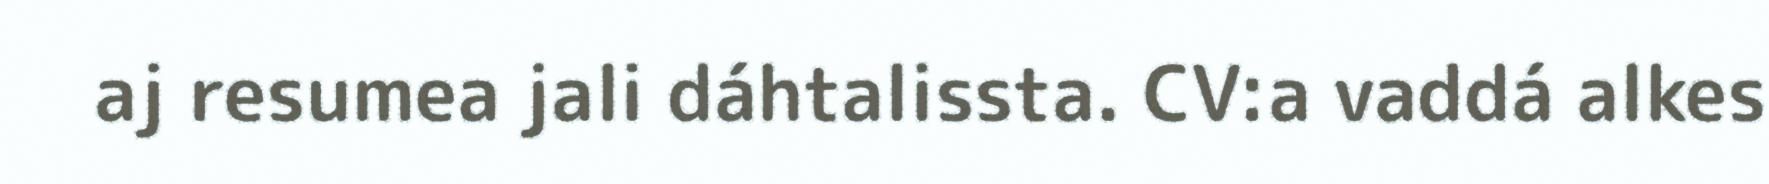
aj resumea jali dáhtalissta. CV:a vaddá alkes